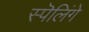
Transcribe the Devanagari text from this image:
स्पॆलिंगे